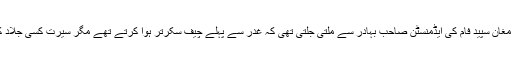
صُورت تو اُس پیرِ مغانِ سپید فام کی ایڈمنسٹن صاحب بہادر سے ملتی جلتی تھی کہ غدر سے پہلے چیف سکرتر ہُوا کرتے تھے مگر سیرت کسی جلّاد کی معلوم ہوتی تھی۔